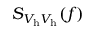
S _ { V _ { \mathrm { h } } V _ { \mathrm { h } } } ( f )